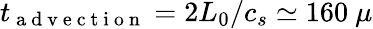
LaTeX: t_{\mathrm{~a~d~v~e~c~t~i~o~n~}}=2L_{0}/c_{s}\simeq 160~\mu